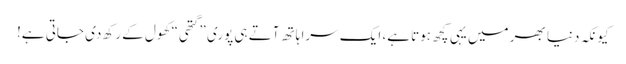
کیونکہ دنیا بھر میں یہی کچھ ہوتا ہے، ایک سرا ہاتھ آتے ہی پوری ”گتھی“ کھول کے رکھ دی جاتی ہے!